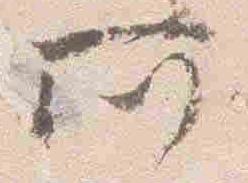
所